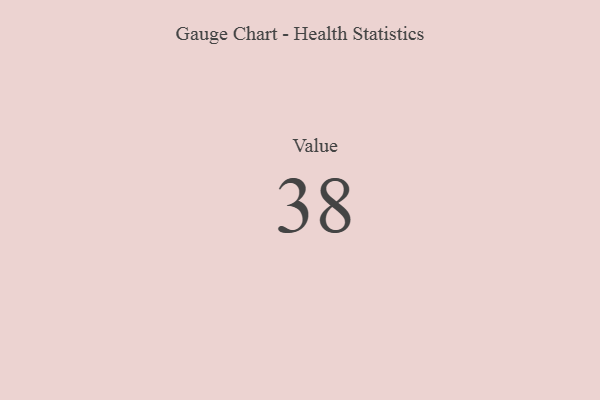
{"axis": {"x": "Metric", "y": "Value"}, "legend": [""], "data": [{"x": "Value", "y": 38, "type": ""}]}